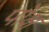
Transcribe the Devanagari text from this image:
पोक्ष